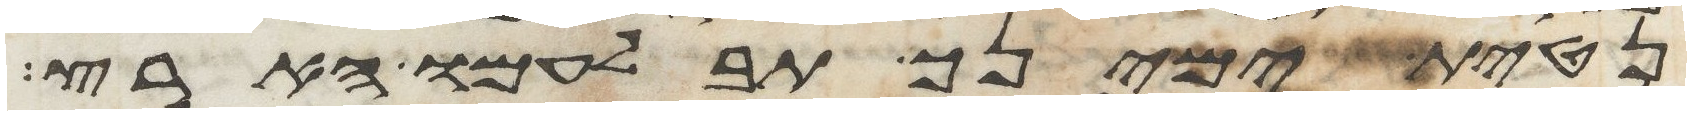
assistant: נטית ימינך תבלעמו הארץ